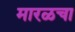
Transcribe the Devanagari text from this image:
मारळचा